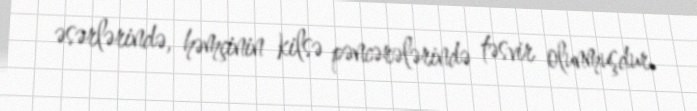
əsərlərində, həmçinin kilsə pəncərələrində təsvir olunmuşdur.